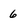
Character: 6